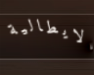
الايطالية